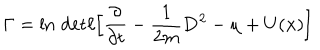
LaTeX: \Gamma = \ln \, \mathrm { d e t } \ell \Big \lbrack \frac { \partial } { \partial t } - \frac { 1 } { 2 m } { \bf D } ^ { 2 } - \mu + U ( { \bf x } ) \Big \rbrack